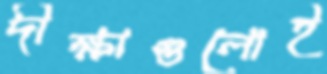
দীক্ষাগুলোই